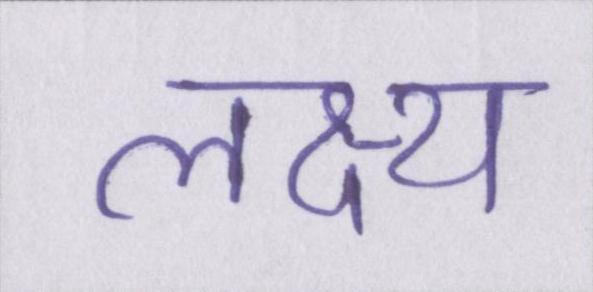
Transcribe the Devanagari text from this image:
लक्ष्य